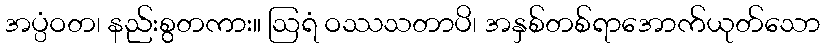
အပ္ပံဝတ၊ နည်းစွတကား။ ဩရံ ဝဿသတာပိ၊ အနှစ်တစ်ရာအောက်ယုတ်သော